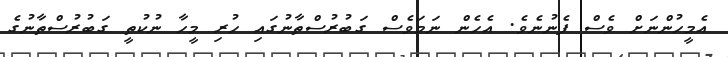
އެމީހުންނަށް ވެސް ފެނުނެވެ. އެހެން ނަމަވެސް ގަބުރުސްތާނުގައި ހުރި މީހާ ނުކުތީ ގަބުރުސްތާނުގެ